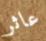
عاثر